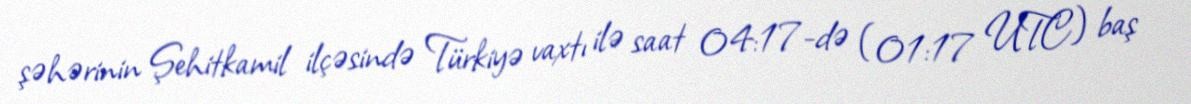
şəhərinin Şehitkamil ilçəsində Türkiyə vaxtı ilə saat 04:17-də (01:17 UTC) baş